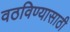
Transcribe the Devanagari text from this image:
वठविण्यासाठी